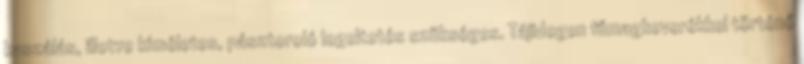
kaszálás, illetve kíméletes, pásztoroló legeltetés szükséges. Tájidegen fűmagkeverékkel történő